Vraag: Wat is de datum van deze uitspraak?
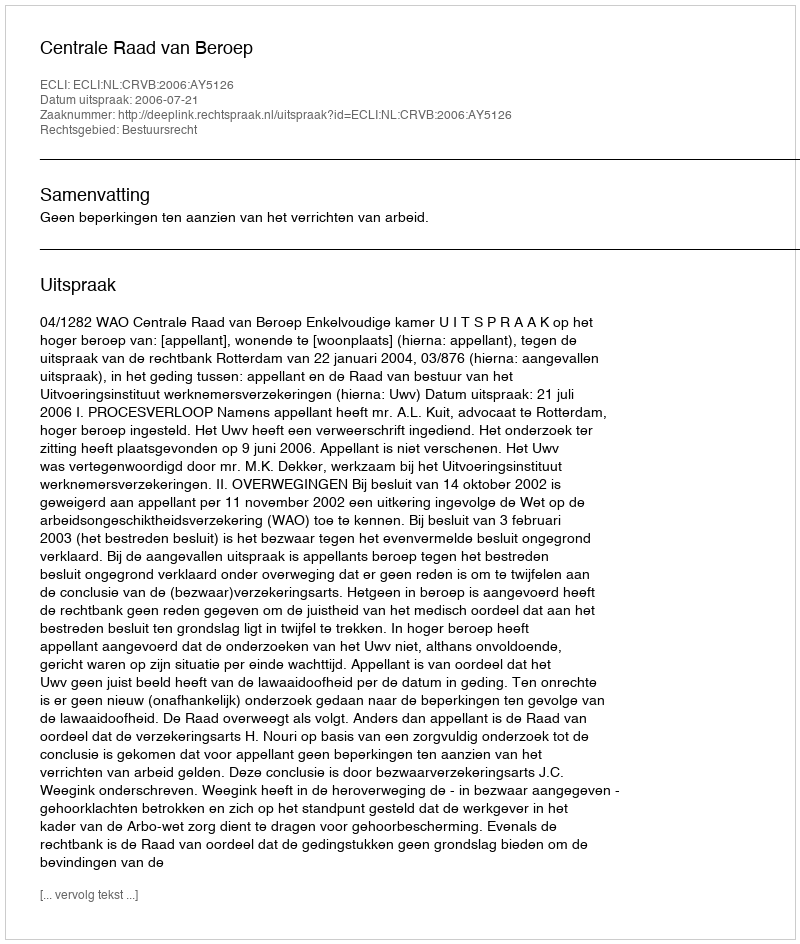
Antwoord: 2006-07-21